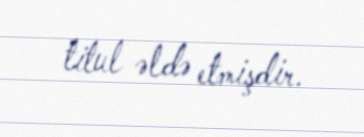
titul əldə etmişdir.